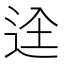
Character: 𮞋